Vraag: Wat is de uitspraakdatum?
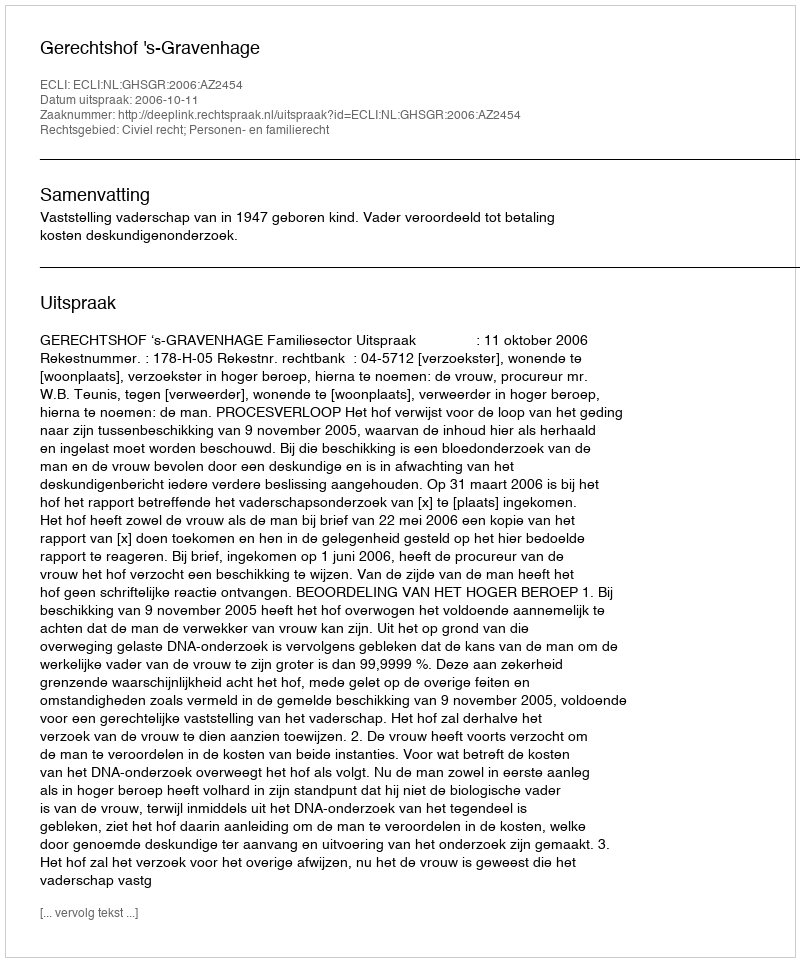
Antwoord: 2006-10-11